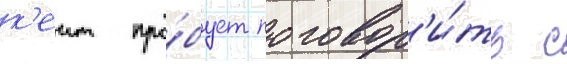
к'еит про́бует поговор'и́ть с